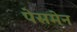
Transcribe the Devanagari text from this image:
पेसमेन